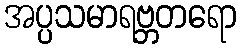
အပ္ပသမာရဗ္ဘတရော